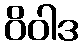
ဝိဝါဒ